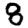
Digit: 8